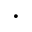
\cdot